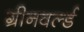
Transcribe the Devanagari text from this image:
ग्रीनवर्ल्ड